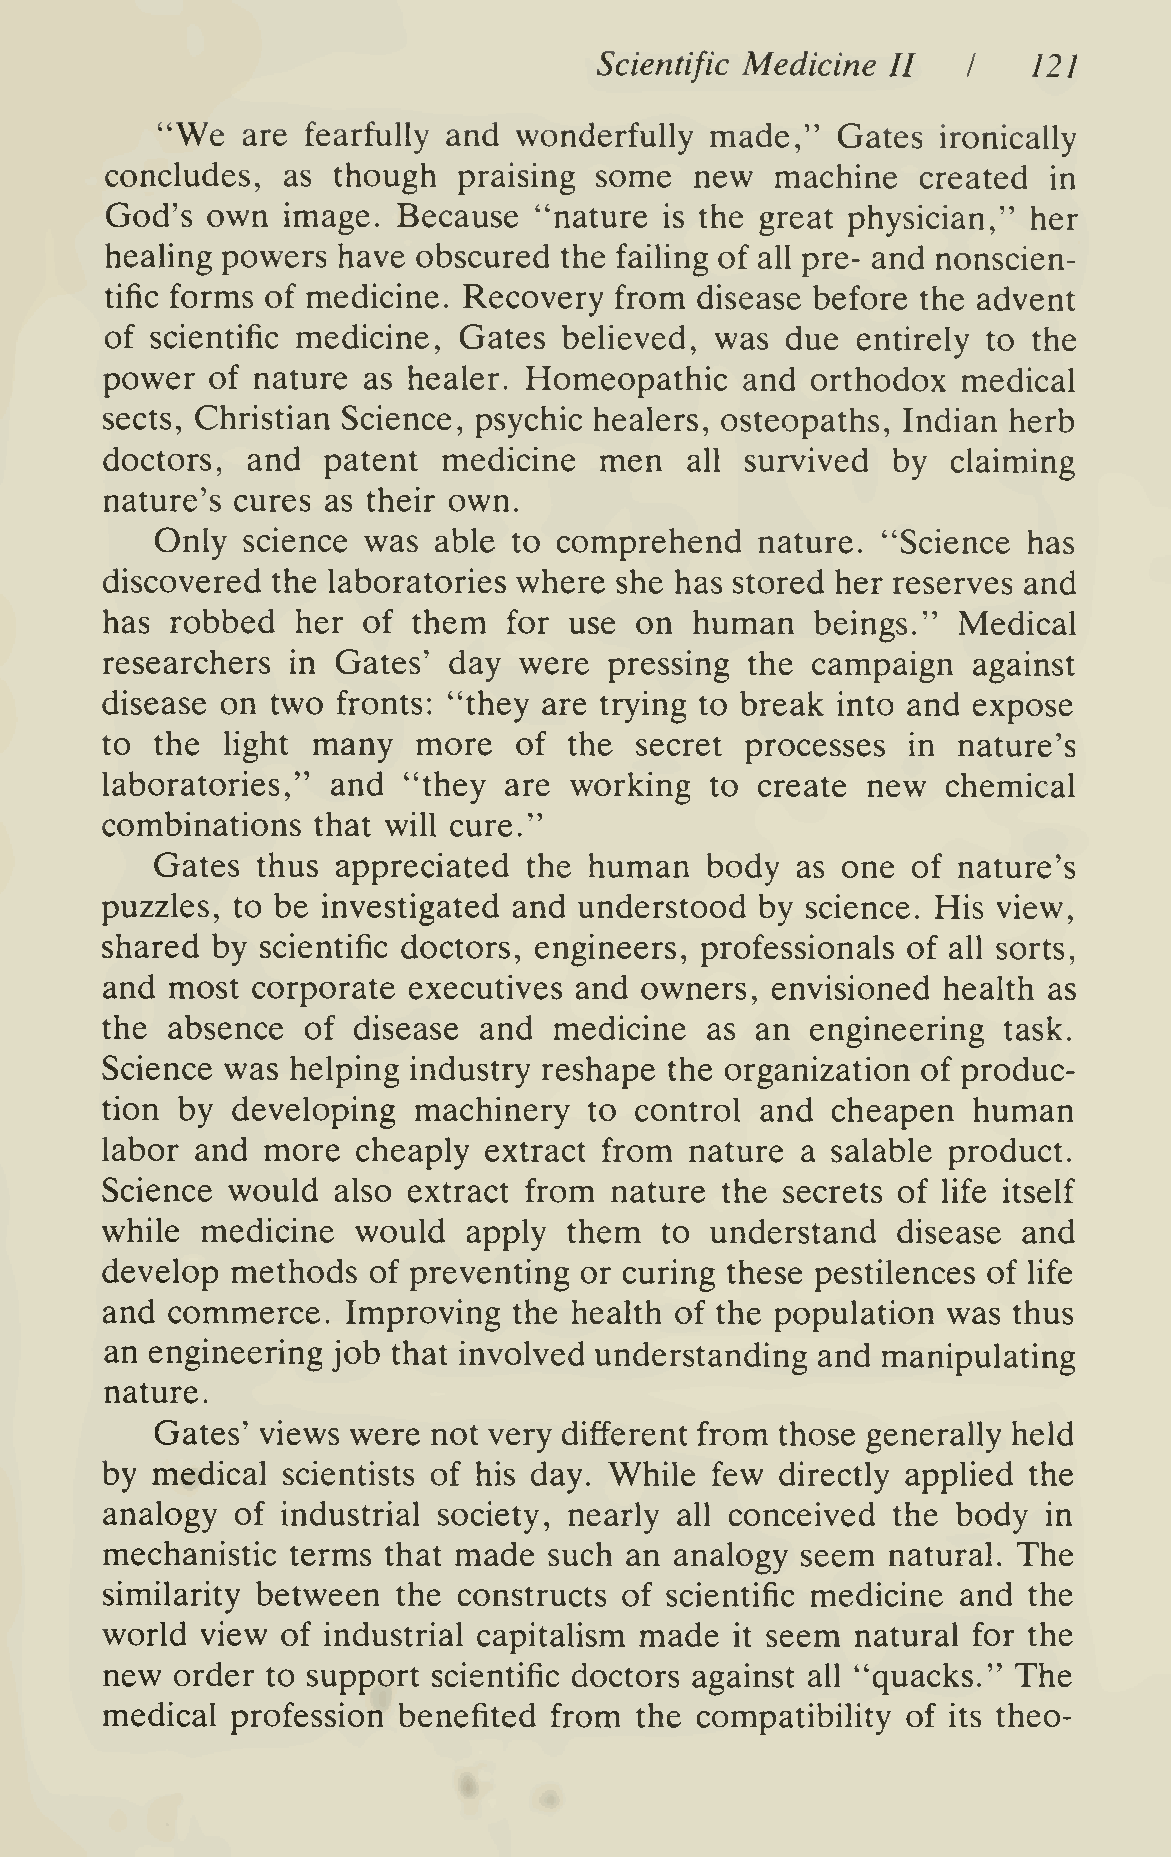
Scientific Medicine II      121
 I
 "We
 are fearfully and wonderfully  made,"  Gates  ironically
 concludes,  as though  praising some   new  machine   created  in
 God's  own  image. Because  "nature  is the great physician," her
 healing powers have  obscured the failing of all pre- and nonscien-
 tific forms of medicine. Recovery from disease before the advent
 of scientific medicine, Gates believed, was  due  entirely to the
 power  of nature as healer. Homeopathic   and  orthodox  medical
 sects, Christian Science, psychic healers, osteopaths, Indian herb
 doctors, and  patent  medicine   men   all survived by  claiming
 nature's cures as their own.
 Only  science was  able to comprehend   nature. "Science  has
 discovered the laboratories where she has stored her reserves and
 has robbed   her of them   for use on  human   beings." Medical
 researchers in Gates'  day were  pressing  the campaign  against
 disease on two fronts: "they are trying to break into and expose
 to the  Hght  many   more  of  the secret processes  in nature's
 laboratories," and  "they are  working  to create new   chemical
 combinations  that will cure."
 Gates  thus appreciated  the human   body  as one of nature's
 puzzles, to be investigated and understood by science. His view,
 shared by scientific doctors, engineers, professionals of all sorts,
 and most  corporate executives and owners,  envisioned health as
 the absence  of disease  and  medicine  as an  engineering task.
 Science was helping industry reshape the organization of produc-
 tion by developing  machinery   to control and  cheapen  human
 labor and more   cheaply extract from  nature a salable product.
 Science would  also extract from nature  the secrets of life itself
 while medicine   would  apply  them  to understand  disease  and
 develop methods  of preventing or curing these pestilences of life
 and commerce.   Improving  the health of the population was thus
 an engineering job that involved understanding and manipulating
 nature.
 Gates' views were  not very different from those generally held
 by medical  scientists of his day. While few directly applied the
 analogy  of industrial society, nearly all conceived the body in
 mechanistic terms that made  such an  analogy seem  natural. The
 similarity between the constructs of scientific medicine and the
 world view  of industrial capitalism made   seem  natural for the
 it
 new  order to support scientific doctors against all "quacks." The
 medical profession benefited from  the compatibility of its theo-